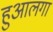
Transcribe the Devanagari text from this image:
हुआलगा